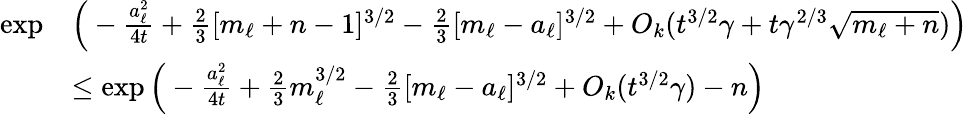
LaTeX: \begin{array}{rl}{\exp}&{\Big(-\frac{a_{\ell}^{2}}{4t}+\frac{2}{3}[m_{\ell}+n-1]^{3/2}-\frac{2}{3}[m_{\ell}-a_{\ell}]^{3/2}+O_{k}(t^{3/2}\gamma+t\gamma^{2/3}\sqrt{m_{\ell}+n})\Big)}\\ &{\le\exp\Big(-\frac{a_{\ell}^{2}}{4t}+\frac{2}{3}m_{\ell}^{3/2}-\frac{2}{3}[m_{\ell}-a_{\ell}]^{3/2}+O_{k}(t^{3/2}\gamma)-n\Big)}\end{array}